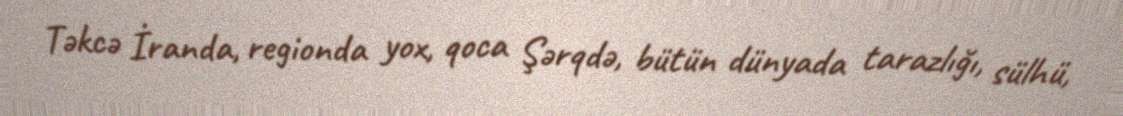
Təkcə İranda, regionda yox, qoca Şərqdə, bütün dünyada tarazlığı, sülhü,